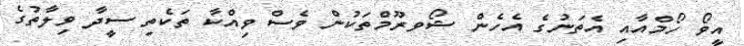
އީވޯ ހޯމްއާއި އެތަނުގެ އެހެން ޝޯވރޫމްތަކުން ވެސް ވިއްކާ ތަކެތި ސީދާ ވިލާތުގެ